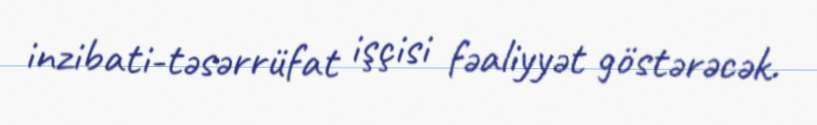
inzibati-təsərrüfat işçisi fəaliyyət göstərəcək.